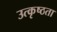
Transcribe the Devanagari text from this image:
उत्कृष्ठता